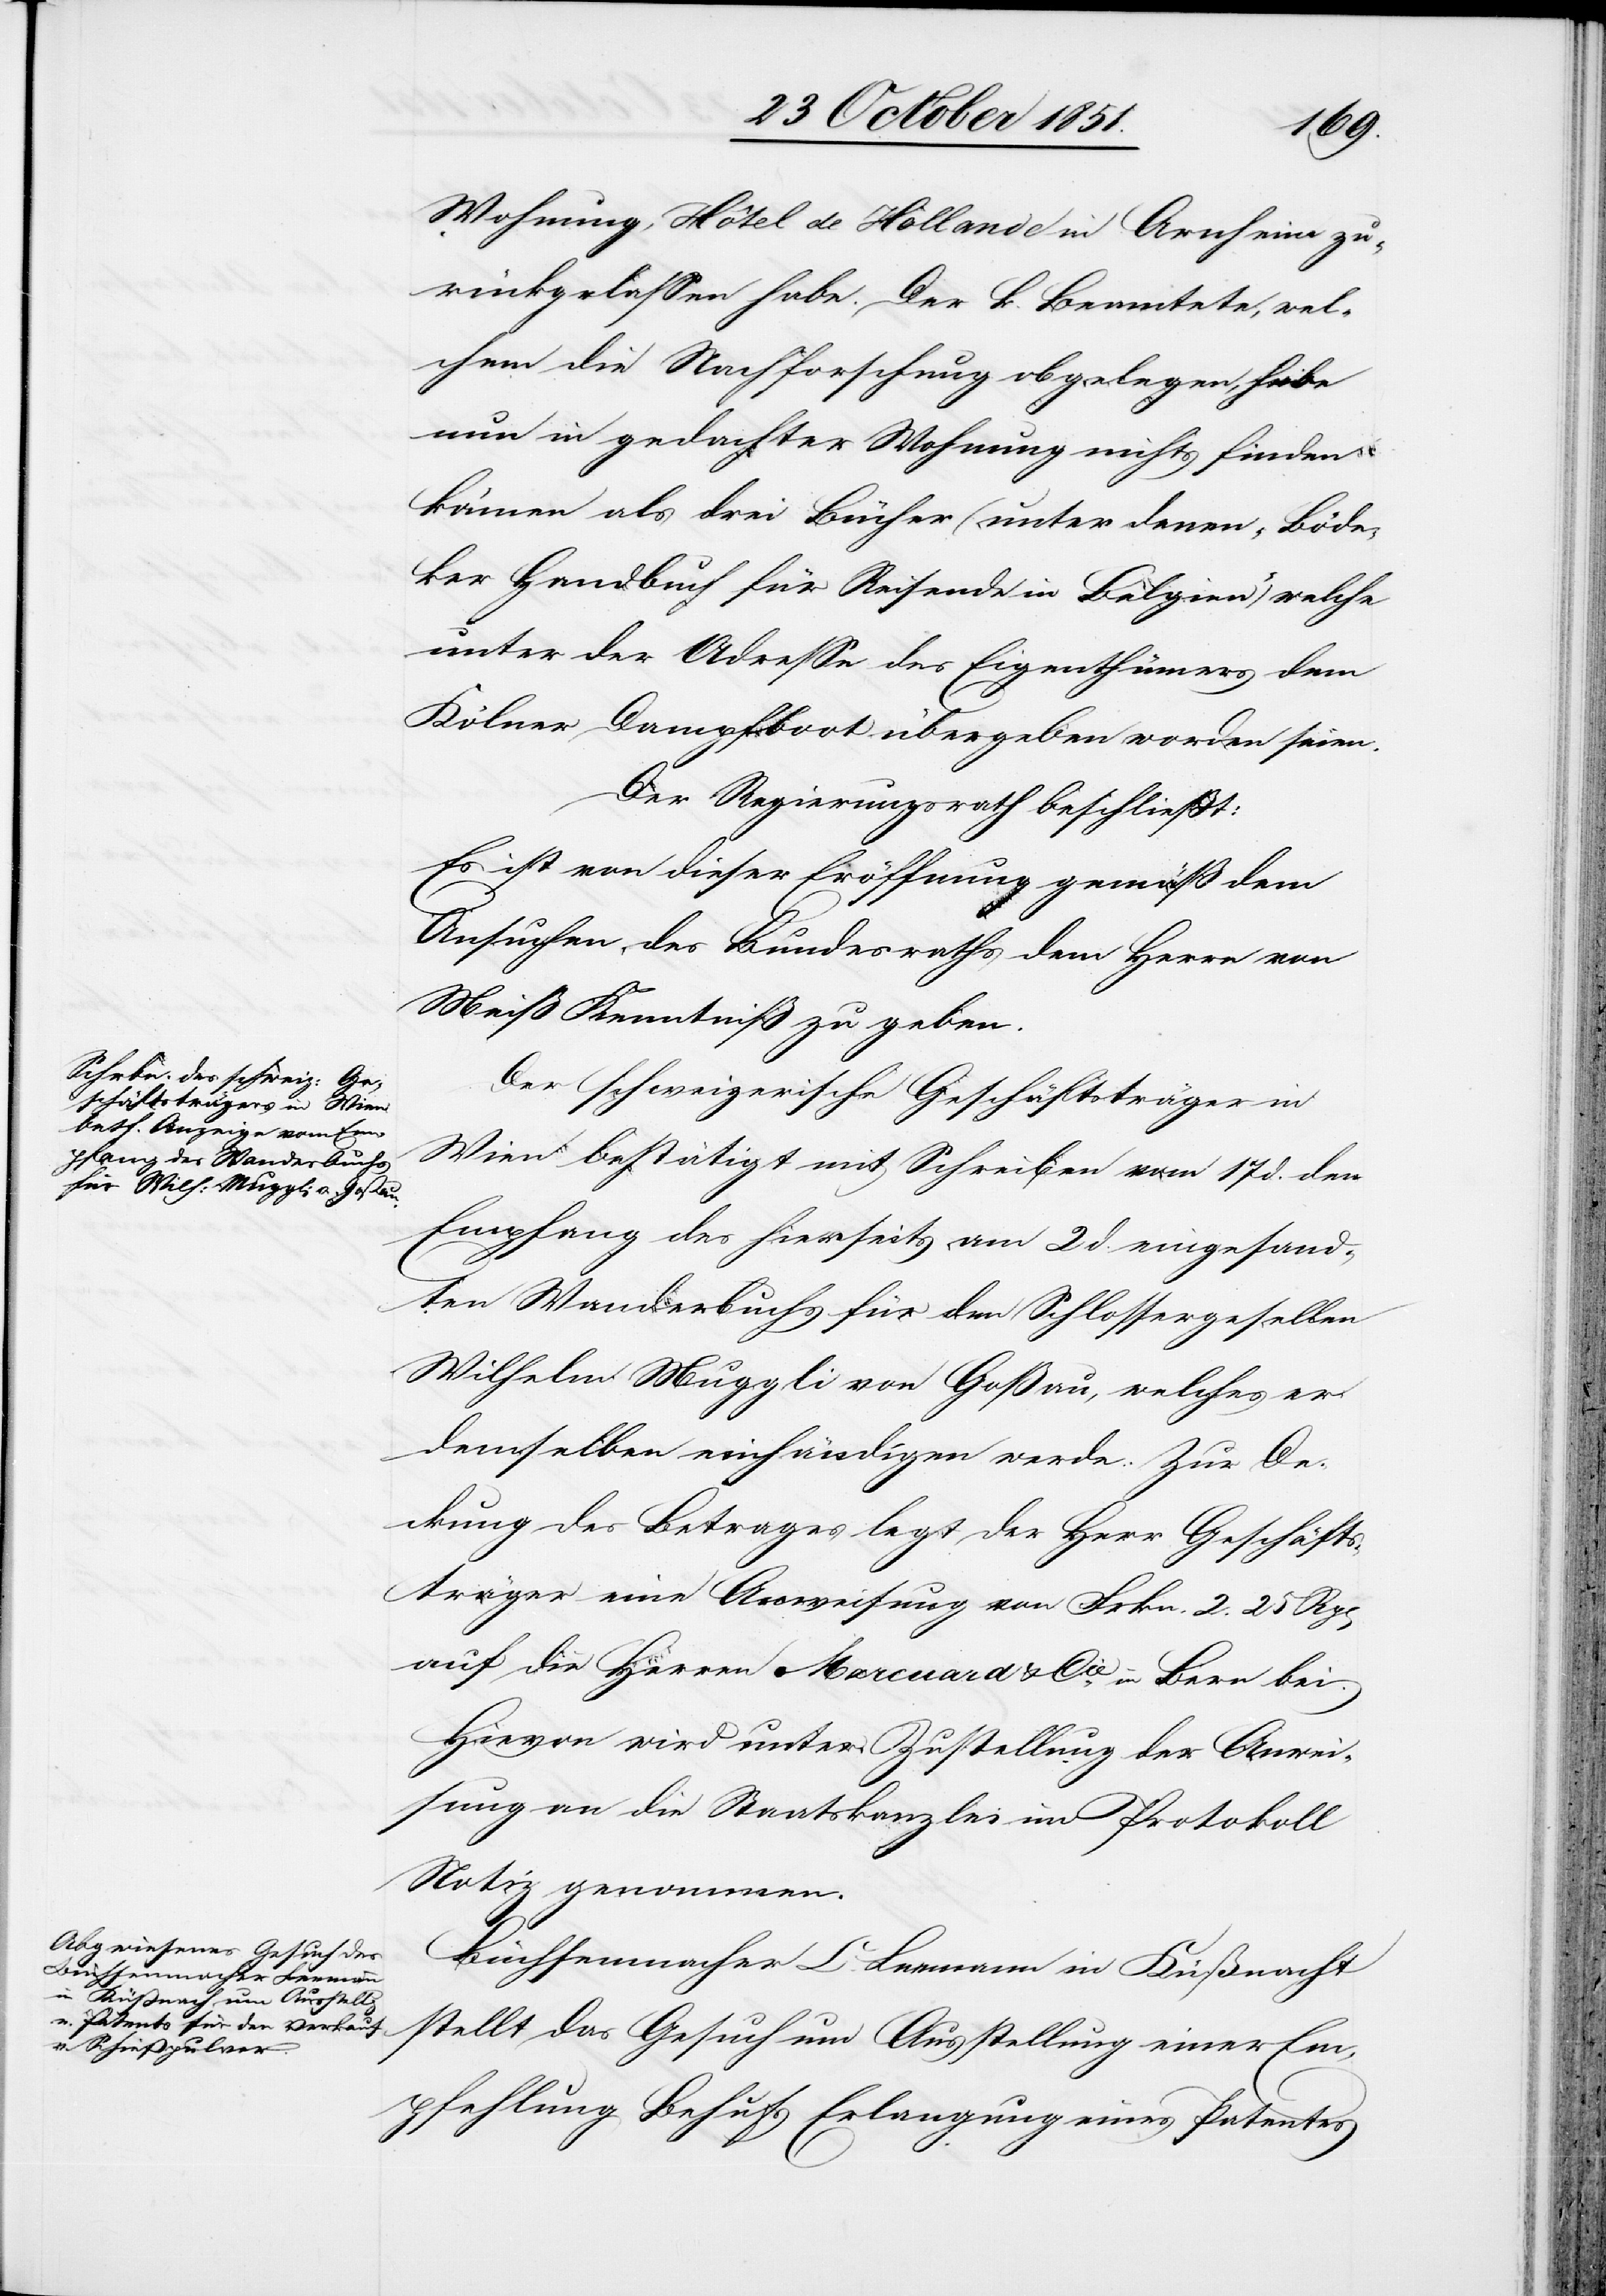
Wohnung, Hôtel de Hollande in Arnheim zu¬
rückgelassen habe. Der k. Beamtete, wel¬
chem die Nachforschung obgelegen, habe
nun in gedachter Wohnung nichts finden
können als drei Bücher (unter denen „Böde¬
ker Handbuch für Reisende in Belgien“) welche
unter der Adresse des Eigenthümers dem
Kölner Dampfboot übergeben worden seien.
Der Regierungsrath beschließt:
Es ist von dieser Eröffnung gemäß dem
Ansuchen des Bundesraths dem Herrn von
Meiß Kenntniß zu geben.
Der schweizerische Geschäftsträger in
Wien bestätigt mit Schreiben vom 17 d. den
Empfang des hierseits am 2 d. eingesand¬
ten Wanderbuchs für den Schlossergesellen
Wilhelm Muggli von Goßau, welches er
demselben einhändigen werde. Zur De¬
ckung des Betrages legt der Herr Geschäfts¬
träger eine Anweisung von Frkn. 2. 25 Rp[en]
auf die Herren Marcuard & Cie. in Bern bei.
Hievon wird unter Zustellung der Anwei¬
sung an die Staatskanzlei im Protokoll
Notiz genommen.
Büchsenmacher C. Leemann in Küßnacht
stellt das Gesuch um Ausstellung einer Em¬
pfehlung Behufs Erlangung eines Patentes